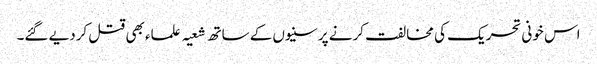
اس خونی تحریک کی مخالفت کرنے پر سنیوں کے ساتھ شعیہ علماء بھی قتل کردیے گئے۔